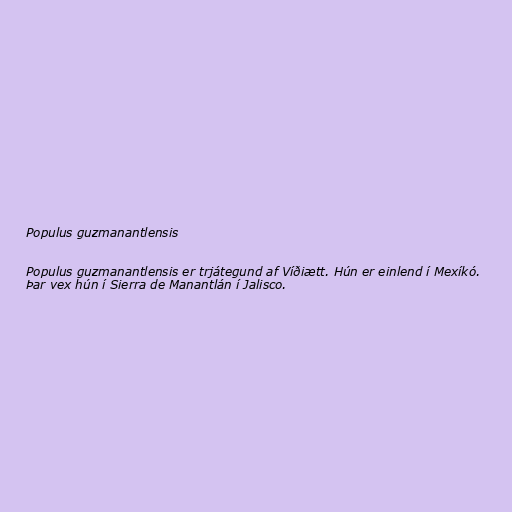
Populus guzmanantlensis

Populus guzmanantlensis er trjátegund af Víðiætt. Hún er einlend í Mexíkó.
Þar vex hún í Sierra de Manantlán í Jalisco.